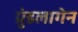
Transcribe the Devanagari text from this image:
ग्रुंडलागेन